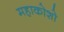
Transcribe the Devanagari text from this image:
महाकोशो